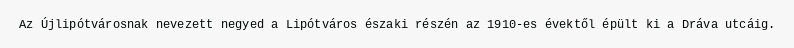
Az Újlipótvárosnak nevezett negyed a Lipótváros északi részén az 1910-es évektől épült ki a Dráva utcáig.